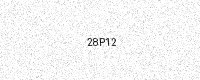
Text: 28P12